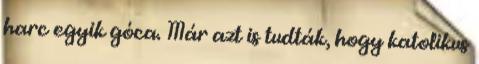
harc egyik góca. Már azt is tudták, hogy katolikus